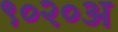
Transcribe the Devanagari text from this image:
९०२०अ